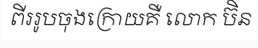
ពីររូបចុងក្រោយគឺ លោក ប៊ិន